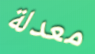
معدلة